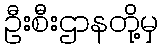
ဦးစီးဌာနတို့မှ